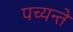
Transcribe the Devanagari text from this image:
पच्यन्ते